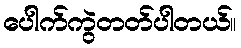
ပေါက်ကွဲတတ်ပါတယ်။